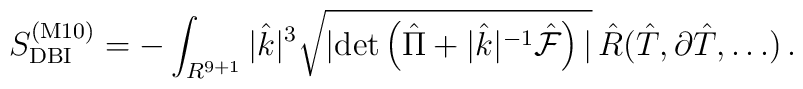
S^{({\rm M10})}_{{\rm DBI}} =-\int_{R^{9+1}} |{\hat k}|^3 \sqrt{|{\rm det} \left( {\hat \Pi}+ |{\hat k}|^{-1}  {\hat {\cal F}} \right)|}\,{\hat R}({\hat T},\partial {\hat T},\dots)\, .